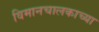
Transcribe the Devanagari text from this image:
विमानचालकाच्या